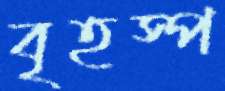
বৃহস্প